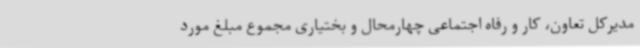
مدیرکل تعاون، کار و رفاه اجتماعی چهارمحال و بختیاری مجموع مبلغ مورد